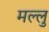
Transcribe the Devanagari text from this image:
मल्लु